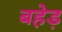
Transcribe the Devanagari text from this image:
बहेड़